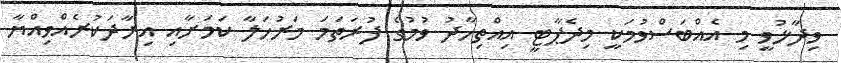
ވިދާޅުވީ މި އެއްބަސްވުމަކީ މިދެޕާޓީ އިއްތިހާދު ވުމުގެ ފުރަތަމަ މަރުހަލާ ކަމަށާއި އިރާދަކުރެއްވިއްޔާ